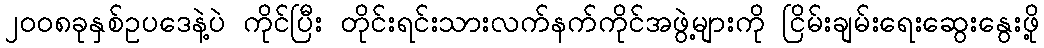
၂၀၀၈ခုနှစ်ဥပဒေနဲ့ပဲ ကိုင်ပြီး တိုင်းရင်းသားလက်နက်ကိုင်အဖွဲ့များကို ငြိမ်းချမ်းရေးဆွေးနွေးဖို့